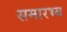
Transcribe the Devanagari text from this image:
समारभ्य